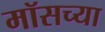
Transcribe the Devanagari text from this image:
मॉसच्या